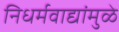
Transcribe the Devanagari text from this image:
निधर्मवाद्यांमुळे